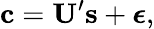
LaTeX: \mathbf{c}=\mathbf{U}^{\prime}\mathbf{s}+\boldsymbol\epsilon,